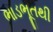
ભાડભૂતથી